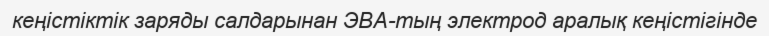
кеңістіктік заряды салдарынан ЭВА-тың электрод аралық кеңістігінде